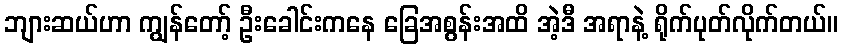
ဘျားဆယ်ဟာ ကျွန်တော့် ဦးခေါင်းကနေ ခြေအစွန်းအထိ အဲ့ဒီ အရာနဲ့ ရိုက်ပုတ်လိုက်တယ်။